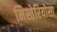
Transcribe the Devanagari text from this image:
मिस्तेरियोसा